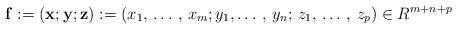
LaTeX: \begin{align*}\mathbf{f}:=\left( \mathbf{x};\mathbf{y};\mathbf{z} \right):=\left( x_{1},\thinspace \mathellipsis \thinspace ,\thinspace x_{m};y_{1},\mathellipsis \thinspace ,\thinspace y_{n};\thinspace z_{1},\thinspace \mathellipsis \thinspace ,\thinspace z_{p} \right)\in R^{m+n+p}\end{align*}